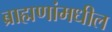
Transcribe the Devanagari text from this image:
ब्राह्मणांमधील